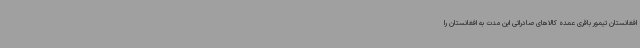
افغانستان تیمور باقری عمده کالاهای صادراتی این مدت به افغانستان را